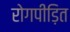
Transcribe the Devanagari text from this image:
रोगपीड़ित